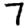
Digit: 7